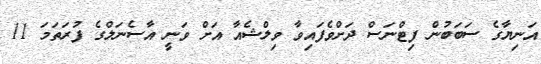
އަނިޔާގެ ސަބަބުން ފިޓްނަސް ދަށްވެފައިވާ ވިލްޝެއާ އަށް ވަނީ އާސެނަލްގެ ފުރަތަމަ 11